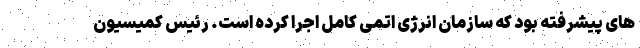
های پیشرفته بود که سازمان انرژی اتمی کامل اجرا کرده است. رئیس کمیسیون